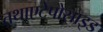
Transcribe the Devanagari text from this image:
तथाएटेपोसाइड